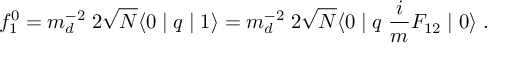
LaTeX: f _ { 1 } ^ { 0 } = m _ { d } ^ { - 2 } \; 2 \sqrt { N } \langle 0 \mid q \mid 1 \rangle = m _ { d } ^ { - 2 } \; 2 \sqrt { N } \langle 0 \mid q \; \frac { i } { m } F _ { 1 2 } \mid 0 \rangle \; .